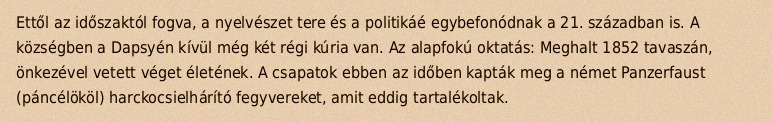
Ettől az időszaktól fogva, a nyelvészet tere és a politikáé egybefonódnak a 21. században is. A községben a Dapsyén kívül még két régi kúria van. Az alapfokú oktatás: Meghalt 1852 tavaszán, önkezével vetett véget életének. A csapatok ebben az időben kapták meg a német Panzerfaust (páncélököl) harckocsielhárító fegyvereket, amit eddig tartalékoltak.